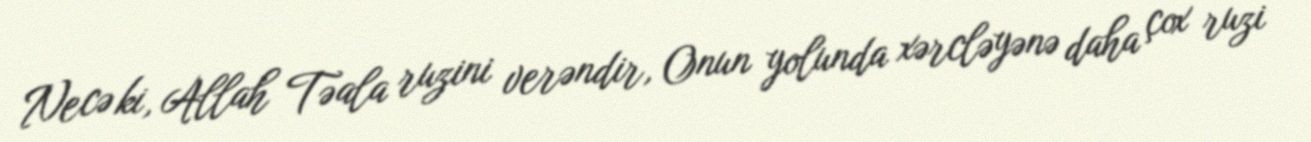
Necə ki, Allah Təala ruzini verəndir, Onun yolunda xərcləyənə daha çox ruzi